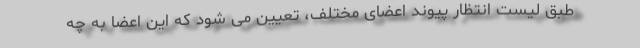
طبق لیست انتظار پیوند اعضای مختلف، تعیین می شود که این اعضا به چه